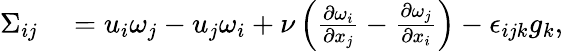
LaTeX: \begin{array}{rl}{\Sigma_{ij}}&{{}=u_{i}\omega_{j}-u_{j}\omega_{i}+\nu\left(\frac{\partial\omega_{i}}{\partial x_{j}}-\frac{\partial\omega_{j}}{\partial x_{i}}\right)-\epsilon_{ijk}g_{k},}\end{array}